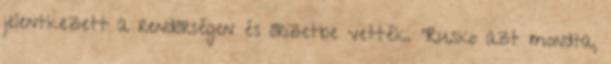
jelentkezett a rendőrségen és őrizetbe vették. "Rusko azt mondta,